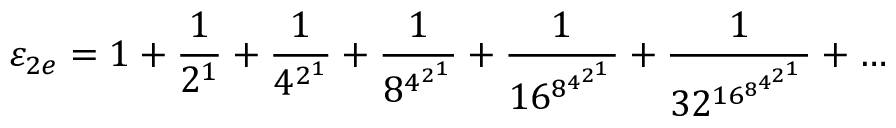
\varepsilon _ { 2 e } = 1 + { \frac { 1 } { 2 ^ { 1 } } } + { \frac { 1 } { 4 ^ { 2 ^ { 1 } } } } + { \frac { 1 } { 8 ^ { 4 ^ { 2 ^ { 1 } } } } } + { \frac { 1 } { 1 6 ^ { 8 ^ { 4 ^ { 2 ^ { 1 } } } } } } + { \frac { 1 } { 3 2 ^ { 1 6 ^ { 8 ^ { 4 ^ { 2 ^ { 1 } } } } } } } + \ldots